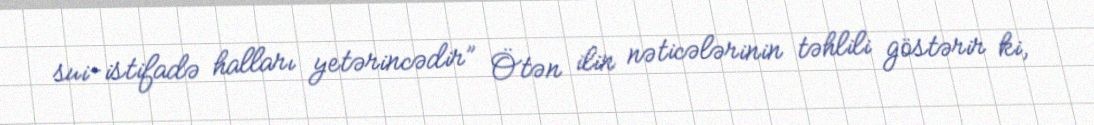
sui-istifadə halları yetərincədir” Ötən ilin nəticələrinin təhlili göstərir ki,